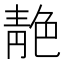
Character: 靘